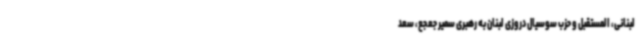
لبنانی، المستقبل و حزب سوسیال دروزی لبنان به رهبری سمیر جعجع، سعد